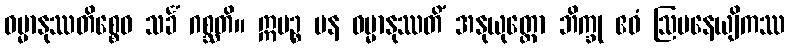
ဓမ္မာနုဿတိစ္စေဝ သင်္ခံ ဂစ္ဆတိ။ ဣမဉ္စ ပန ဓမ္မာနုဿတိံ အနုယုတ္တော ဘိက္ခု ဧဝံ ဩပနေယျိကဿ